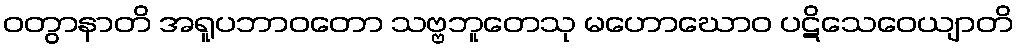
ဝတွာနာတိ အရူပဘာဝတော သဗ္ဗဘူတေသု မဟောဃောဝ ပဋိသေဝေယျာတိ